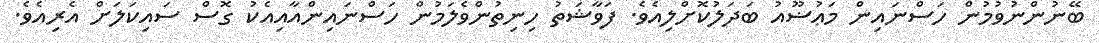
ބޭނުންނުވުމުން ހަސްނައިން މަޢުޟޫއު ބަދަލުކޮށްލިއެވެ. ފަވާޝަތު ހިނިތުންވެލަމުން ހަސްނައިންއާއިއެކު ގޮސް ސައިކަލަށް އެރިއެވެ.